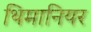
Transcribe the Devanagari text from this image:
थिमानियर